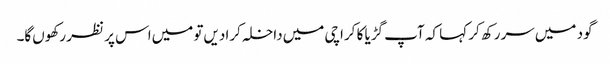
گود میں‌سر رکھ کر کہا کہ آپ گڑیا کا کراچی میں‌داخلہ کرا دیں‌تو میں‌اس پر نظر رکھوں‌گا۔